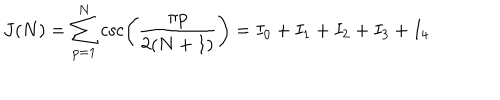
J ( N ) = \sum _ { p = 1 } ^ { N } \csc \left( { \frac { \pi p } { 2 ( N + 1 ) } } \right) = I _ { 0 } + I _ { 1 } + I _ { 2 } + I _ { 3 } + I _ { 4 }